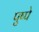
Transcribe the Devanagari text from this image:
पुष्पे